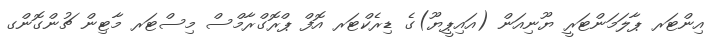
އިންޓަރ ޕާލަމަންޓަރީ ޔޫނިއަން (އައިޕީޔޫ)ގެ ޑިރެކްޓަރ އޮފް ޕްރޮގްރާމްސް މިސްޓަރ މާޓިން ޗުންގޮންގ